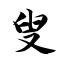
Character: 叟